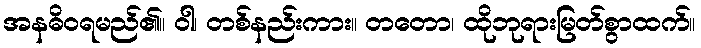
အနဓိဝရမည်၏။ ဝါ၊ တစ်နည်းကား။ တတော၊ ထိုဘုရားမြတ်စွာထက်။